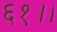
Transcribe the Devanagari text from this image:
६१।।